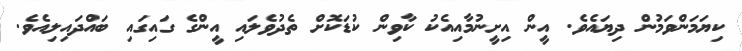
ކިޔަމަންވަމުން ދިޔައެވެ. އީން އިށީނުމާއިއެކު ކާވިން ކުޑަކޮށް ތެދުވެލައި އީންގެ ގައިގައި ބައްދައިލިއެވެ.